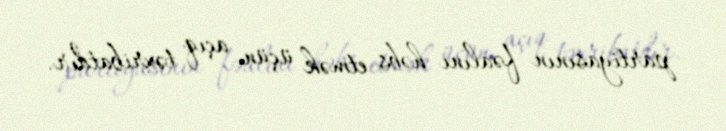
partiyasının fəalını həbs etmək üçün açıq təxribatdır.